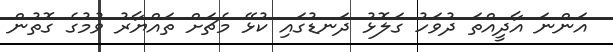
އަންނަ އާދީއްތަ ދުވަހު ގަލޮޅު ދަނޑުގައި ކުޅޭ މެޗަށް ތައްޔާރު ވުމުގެ ގޮތުން